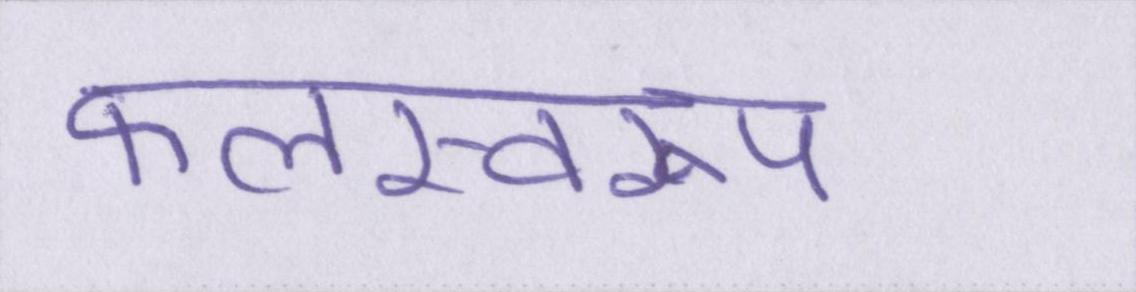
फलस्वरूप